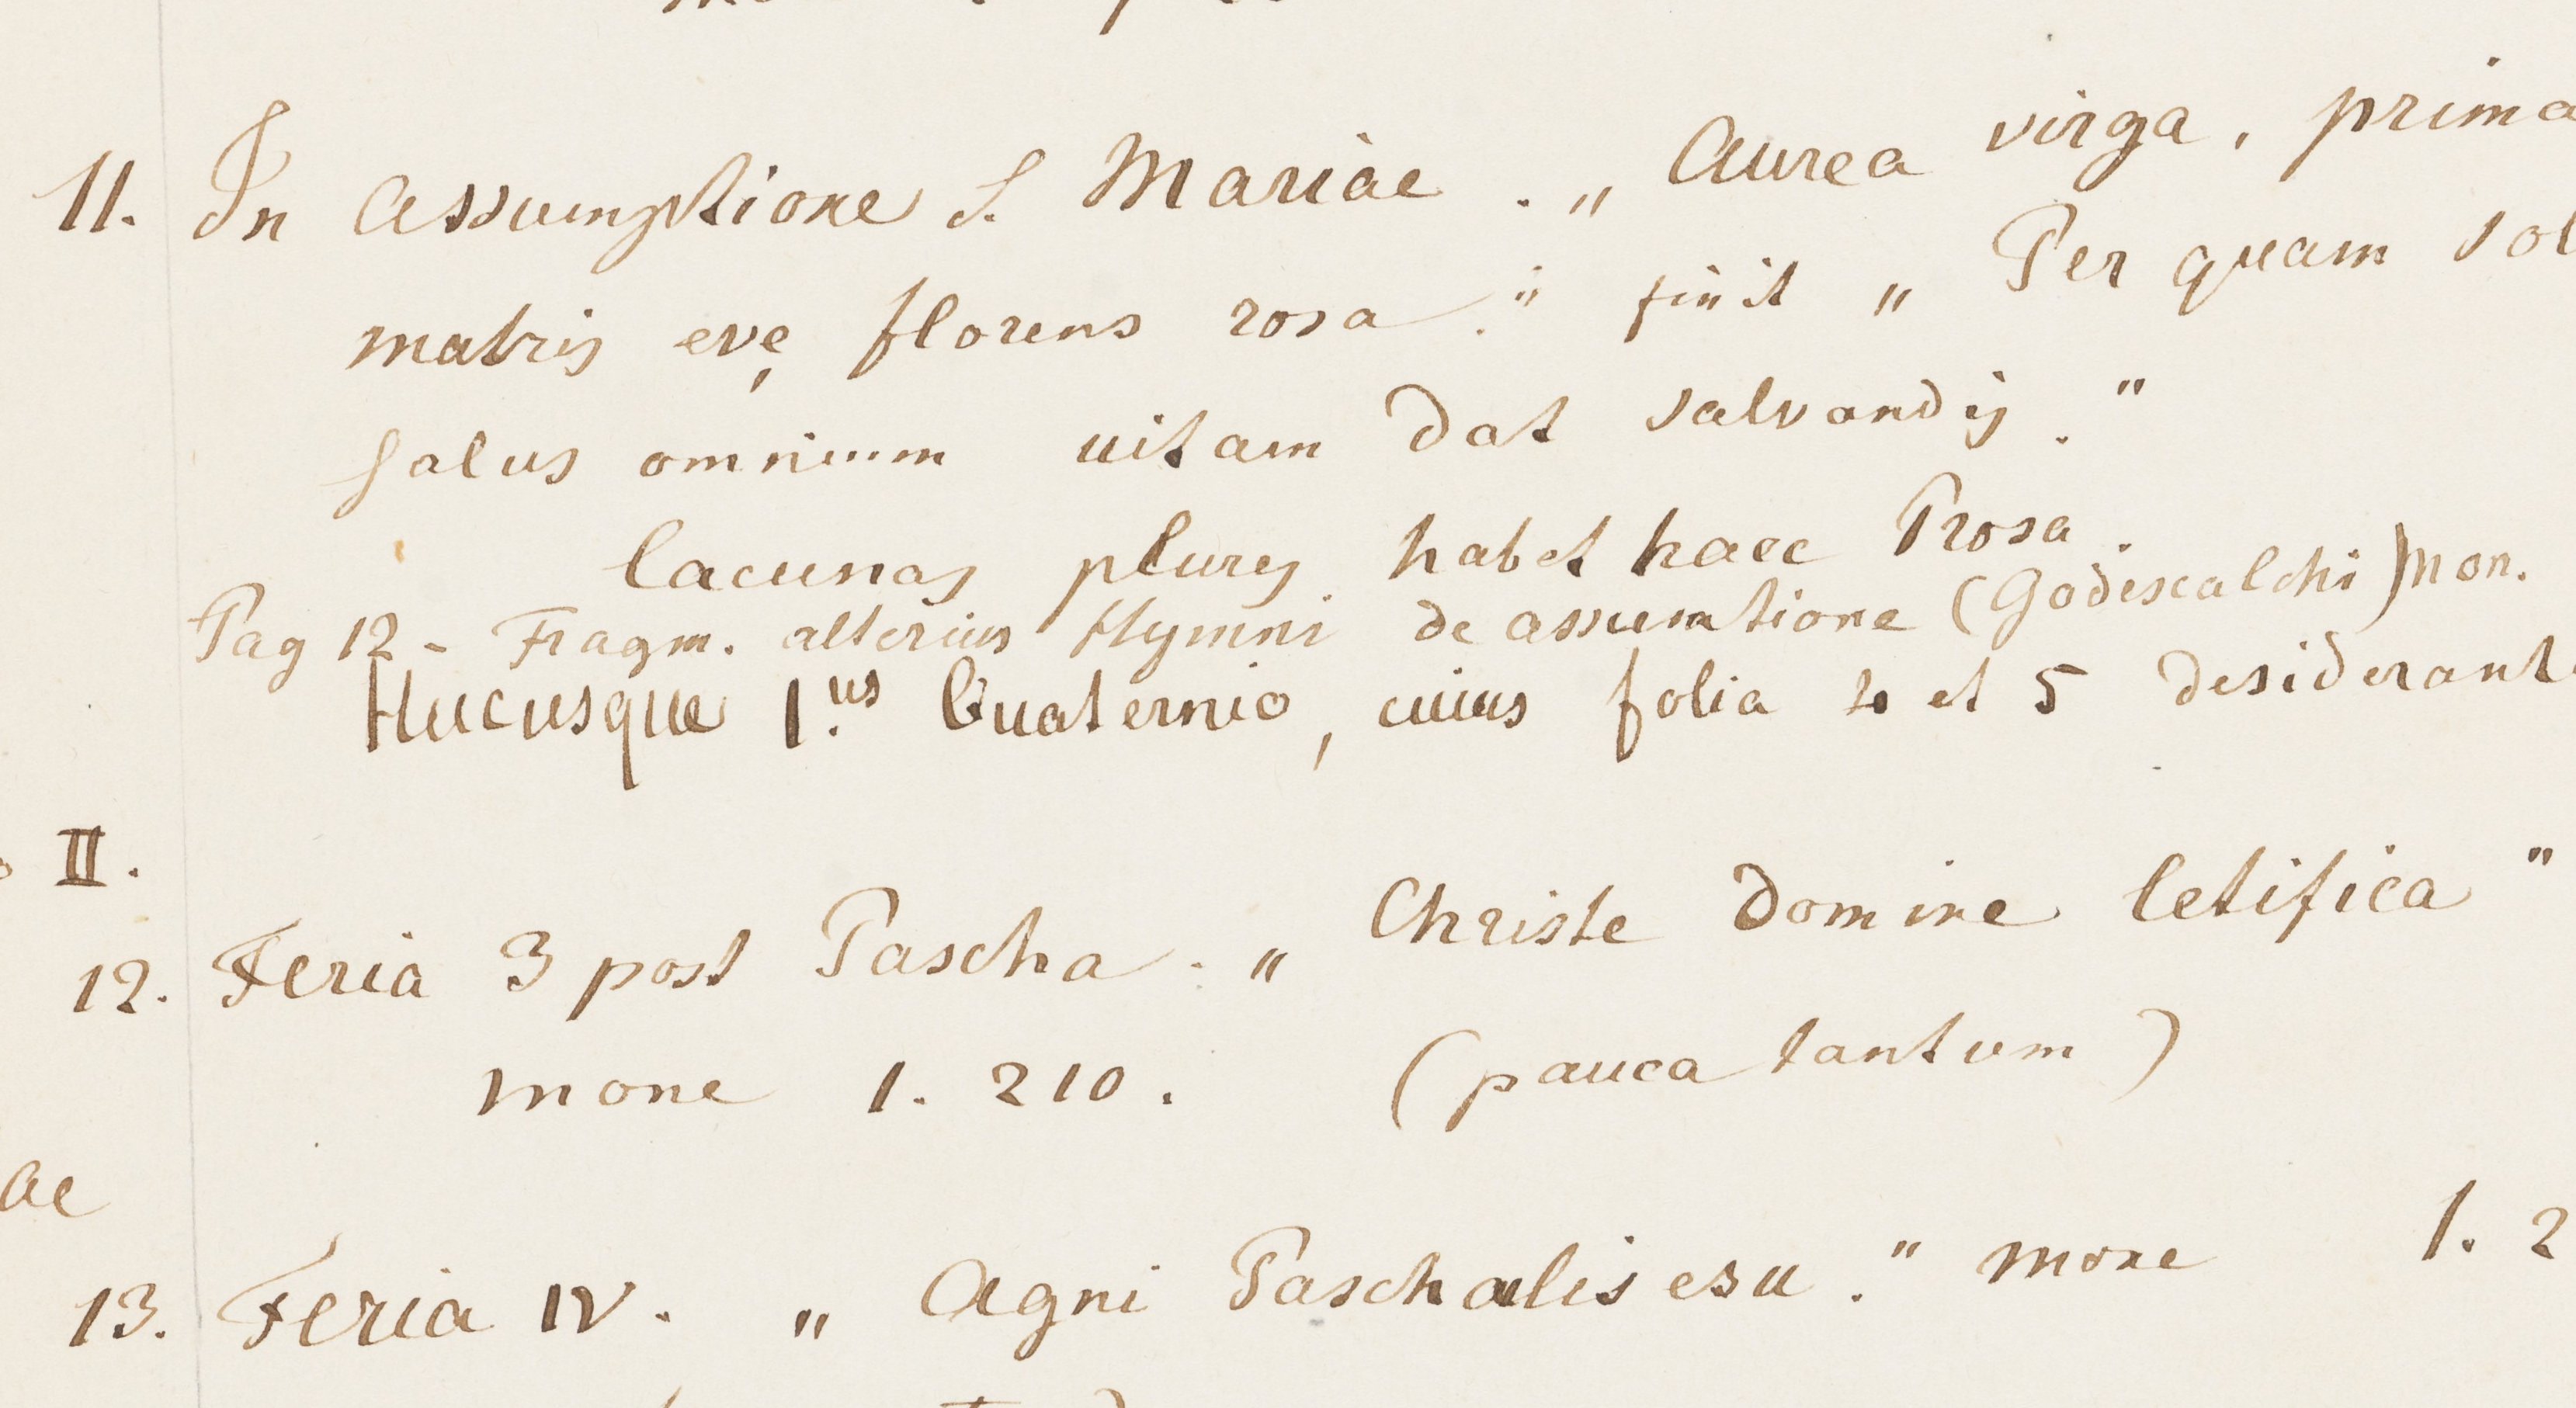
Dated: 1000–1199